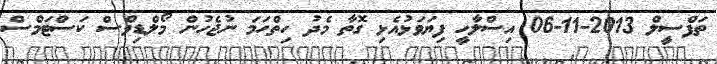
ތަފްސީލް 2013-11-06 އިސްލާހީ ފިޔަވަޅުއެޅި ގޮތާ މެދު ހިތްހަމަ ނުޖެހުން މޯލްޑިވްސް ކަސްޓަމްސް